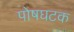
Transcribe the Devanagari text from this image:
पोषघटक